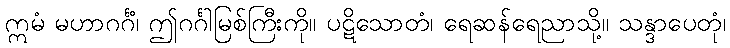
ဣမံ မဟာဂင်္ဂံ၊ ဤဂင်္ဂါမြစ်ကြီးကို။ ပဋိသောတံ၊ ရေဆန်ရေညာသို့။ သန္ဒာပေတုံ၊